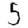
Digit: 5